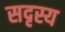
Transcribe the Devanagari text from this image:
सदृस्य